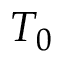
T _ { 0 }